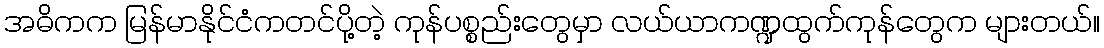
အဓိကက မြန်မာနိုင်ငံကတင်ပို့တဲ့ ကုန်ပစ္စည်းတွေမှာ လယ်ယာကဏ္ဍထွက်ကုန်တွေက များတယ်။